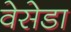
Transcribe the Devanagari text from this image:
वेसेडा